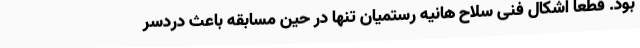
بود. قطعا اشکال فنی سلاح هانیه رستمیان تنها در حین مسابقه باعث دردسر